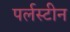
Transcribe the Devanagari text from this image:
पर्लस्टीन